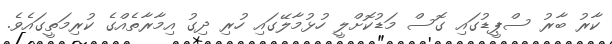
ކާރު ބާރު ސްޕީޑުގައި ގޮސް މަޑުކޮށްލީ ހުޅުމާލޭގައި ހުރި ދިގު އިމާރާތެއްގެ ކުރިމަތީގައެވެ.